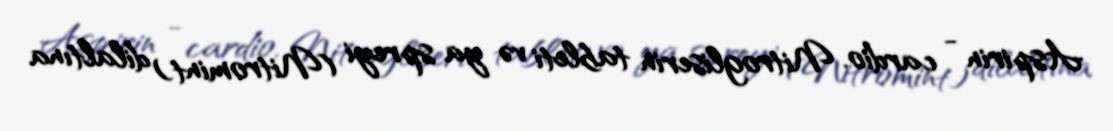
Aspirin - cardio, Nitrogliserin tableti və ya spreyi (Nitromint) dilaltına